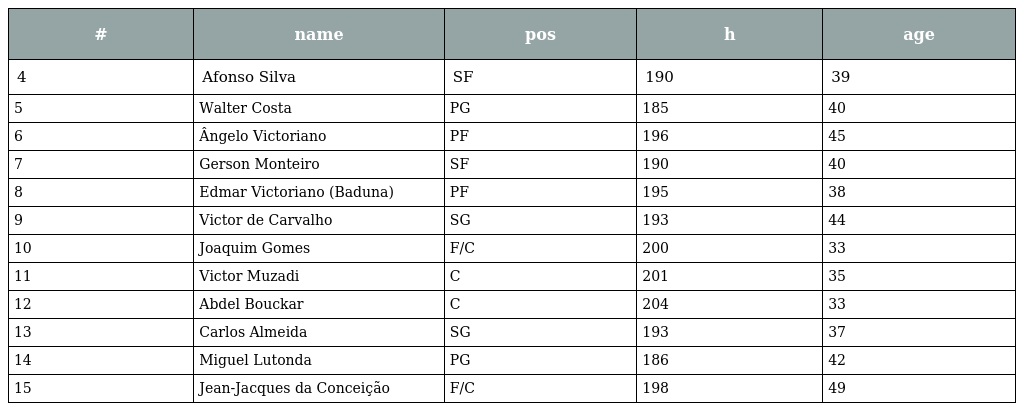
| # | name | pos | h | age |
 | --- | --- | --- | --- | --- |
 | 4 | Afonso Silva | SF | 190 | 39 |
 | 5 | Walter Costa | PG | 185 | 40 |
 | 6 | Ângelo Victoriano | PF | 196 | 45 |
 | 7 | Gerson Monteiro | SF | 190 | 40 |
 | 8 | Edmar Victoriano (Baduna) | PF | 195 | 38 |
 | 9 | Victor de Carvalho | SG | 193 | 44 |
 | 10 | Joaquim Gomes | F/C | 200 | 33 |
 | 11 | Victor Muzadi | C | 201 | 35 |
 | 12 | Abdel Bouckar | C | 204 | 33 |
 | 13 | Carlos Almeida | SG | 193 | 37 |
 | 14 | Miguel Lutonda | PG | 186 | 42 |
 | 15 | Jean-Jacques da Conceição | F/C | 198 | 49 |